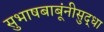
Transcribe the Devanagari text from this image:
सुभाषबाबूंनीसुद्धा